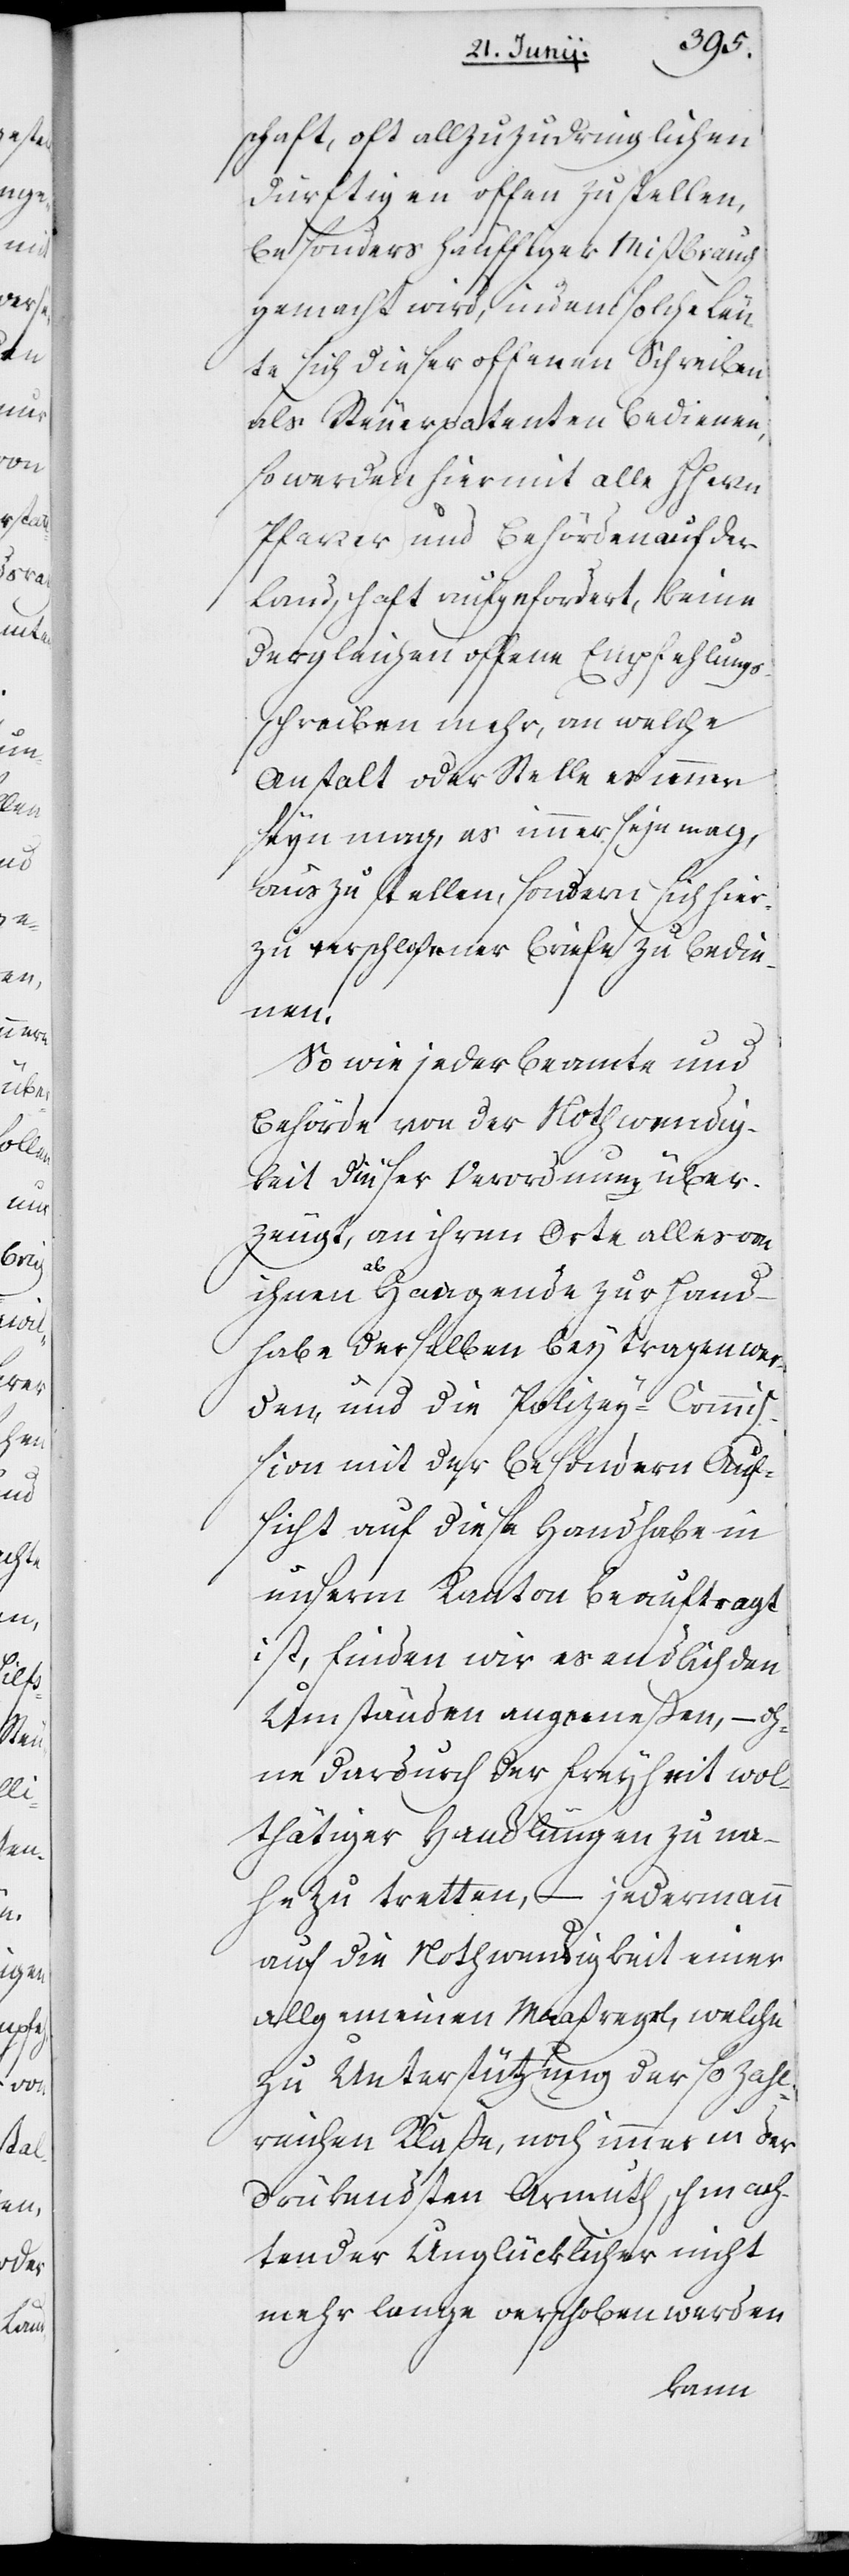
schaft, oft allzu zudringlichen
Dürftigen offen zustellen,
besonders häuffiger Mißbrauch
gemacht wird, indem solche Leu¬
te sich dieser offenen Schreiben
als Steuerpatenten bedienen,
so werden hiermit alle Herrn
Pfarrer und Behörden auf der
Landschaft aufgefordert, keine
dergleichen offene Empfehlungs¬
schreiben mehr, an welche
Anstalt oder Stelle es immer
auszustellen, sondern sich hier¬
zu verschloßener Briefe zu bedie¬
nen.
So wie jeder Beamte und
Behörde von der Nothwendig¬
keit dieser Verordnung über¬
zeugt, an ihrem Orte alles von
ihnen Abhangende zur Hand¬
habe derselben beytragen we¬
rden, und die Polizey-Commi¬
ßion mit der besondern Auf¬
sicht auf diese Handhabe in
unserm Kanton beauftragt
ist, finden wir es endlich den
Umständen angemeßen, – oh¬
ne dadurch der Freyheit wol¬
thätiger Handlungen zu na¬
he zu tretten, – jedermann
auf die Nothwendigkeit einer
allgemeinen Maaßregel, welche
zu Unterstützung der so zahl¬
reichen Klaße, noch immer in der
drükendsten Armut schmach¬
tender Unglücklicher nicht
mehr lange verschoben werden